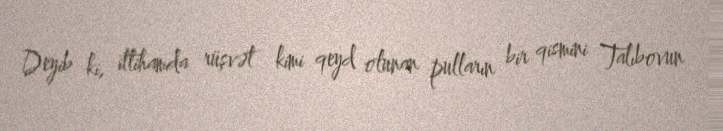
Deyib ki, ittihamda rüşvət kimi qeyd olunan pulların bir qismini Talıbovun